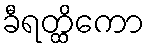
ခီရတ္ထိကော